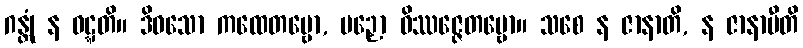
ဂန္တုံ န ဝဋ္ဋတိ။ ဒိဝသော ကထေတဗ္ဗော, ပဉှော ဝိဿဇ္ဇေတဗ္ဗော။ သစေ န ဇာနာတိ, န ဇာနာမီတိ